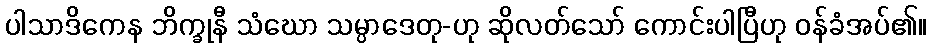
ပါသာဒိကေန ဘိက္ခုနီ သံဃော သမ္ပာဒေတု-ဟု ဆိုလတ်သော် ကောင်းပါပြီဟု ဝန်ခံအပ်၏။